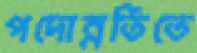
পদোন্নতিতে